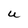
Character: U